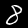
Digit: 8